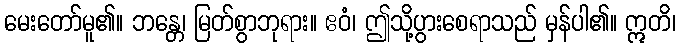
မေးတော်မူ၏။ ဘန္တေ၊ မြတ်စွာဘုရား။ ဧဝံ၊ ဤသို့ပွားစေရာသည် မှန်ပါ၏။ ဣတိ၊